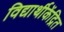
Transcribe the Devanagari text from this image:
विद्यार्थीकेंद्रित